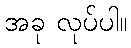
အခု လုပ်ပါ။